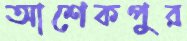
আশেকপুর